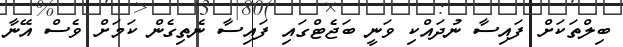
ބިލްތަކަށް ފައިސާ ނުދައްކި ވަނީ ބަޖެޓްގައި ފައިސާ ނެތިގެން ކަމަށް ވެސް އޭނާ